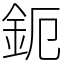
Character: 鈪